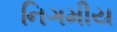
નિગમીય